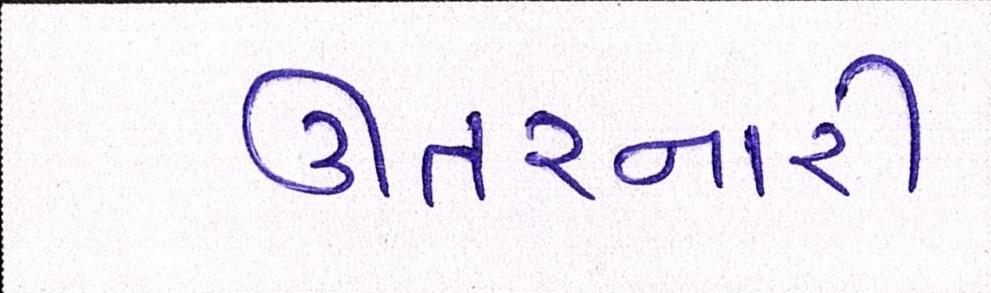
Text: ઊતરનારી